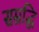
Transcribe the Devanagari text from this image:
सम्रद्धि